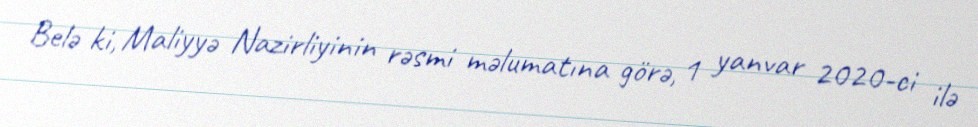
Belə ki, Maliyyə Nazirliyinin rəsmi məlumatına görə, 1 yanvar 2020-ci ilə